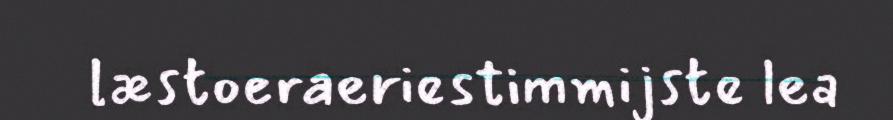
læstoeraeriestimmijste lea